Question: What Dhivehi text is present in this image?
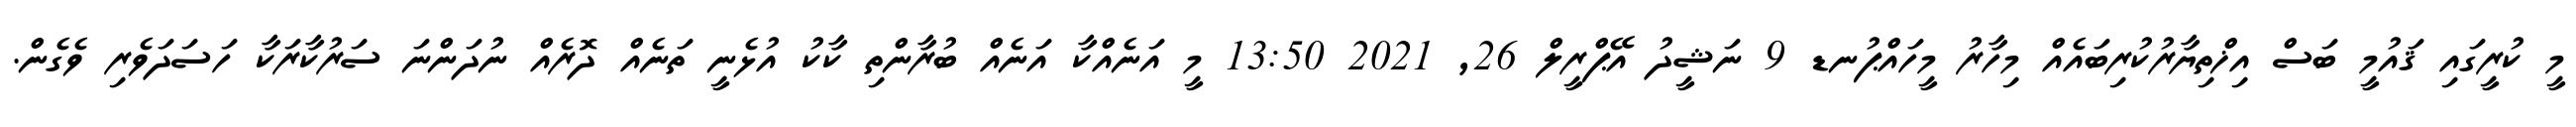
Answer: މީ ކުރީގައި ޤައުމީ ބަސް އިޚްތިޔާރުކުރިބައެއް މިހާރު މީހައްޕުނޑ 9 ނަޝީދު އޭޕްރީލް 26, 2021 13:50 މީ އަނެއްކާ އަނެއް ބުރާންތި ކާކު އުޅެނީ ތަނެއް ދޮރެއް ނުދަންނަ ސަރުކާރަކާ ހަސަދަވެރި ވެގެން.